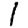
Digit: 1